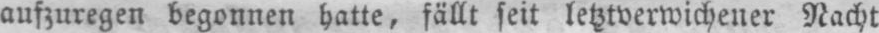
aufzuregen begonnen hatte, fällt seit letztverwichener Nacht